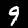
Label: 9